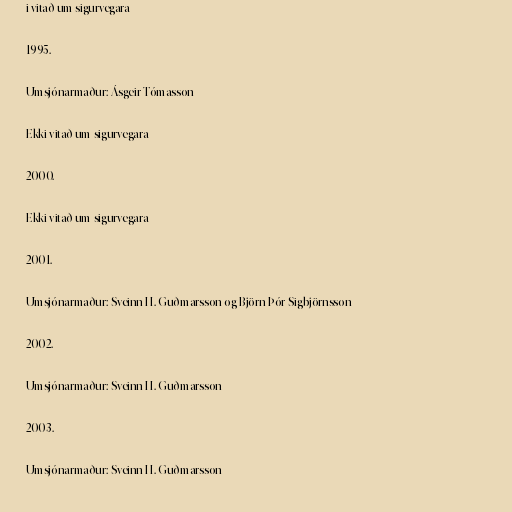
i vitað um sigurvegara

1995.

Umsjónarmaður: Ásgeir Tómasson

Ekki vitað um sigurvegara

2000.

Ekki vitað um sigurvegara

2001.

Umsjónarmaður: Sveinn H. Guðmarsson og Björn Þór Sigbjörnsson

2002.

Umsjónarmaður: Sveinn H. Guðmarsson

2003.

Umsjónarmaður: Sveinn H. Guðmarsson